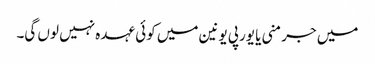
میں جرمنی یا یورپی یونین میں کوئی عہدہ نہیں لوں گی۔